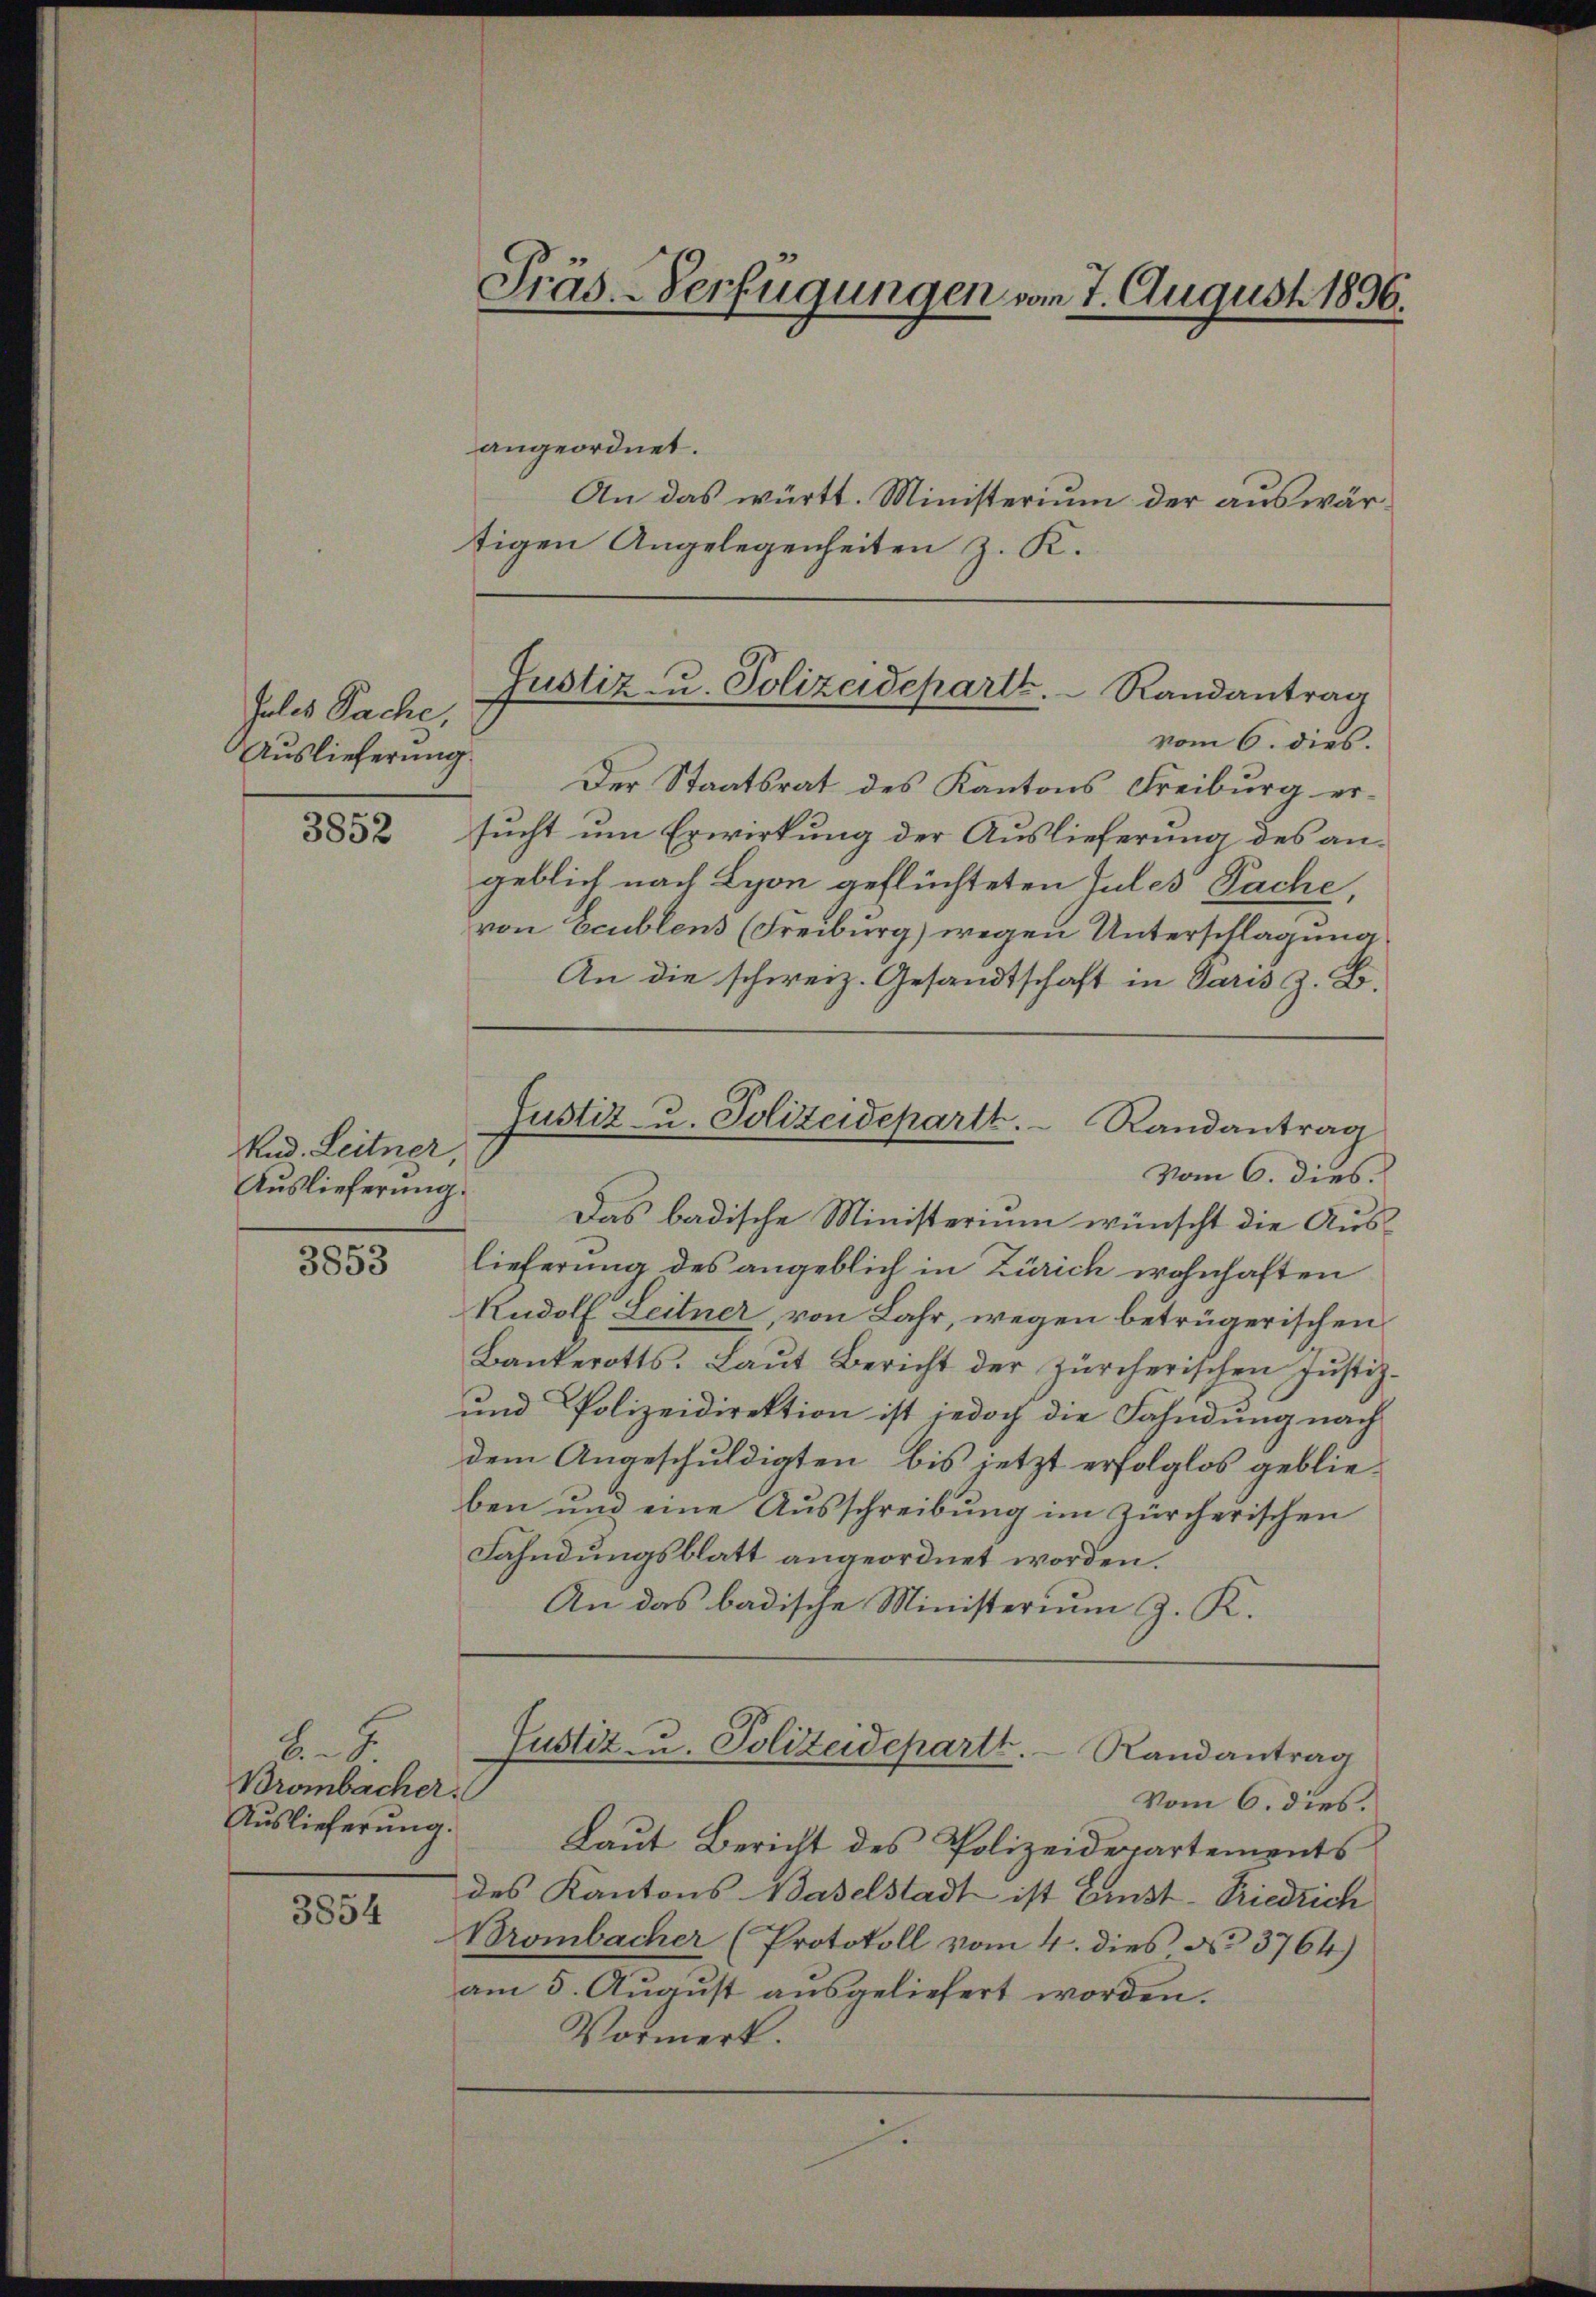
Jules Sache,
Auslieferung.
3852

Rud. Leitner
Auslieferung.

3853

S
Brombacher
Auslieferung.

3854

Präs. Verfügungen vom 7. August 1896.

angeordnet.
An das württ. Ministerium der auswärtigen Angelegenheiten z. K.

vom 6. dies
Der Staatsrat des Kantons Freiburg ersucht um Erwirkung der Auslieferung des angeblich nach Lyon geflüchteten Jules Pache,
von Ecublens (Freiburg) wegen Unterschlagung
An die schweiz. Gesandtschaft in Paris z. B.
vom 6. dies
Das badische Ministerium wünscht die Aus-
lieferung des angeblich in Zürich wohnhaften
Rudolf Leitner, von Lahr, wegen betrügerischen
Bankerotts. Laŭt Bericht der Zürcherischen Jŭstiz-
und Polizeidirektion ist jedoch die Fahndung nach
dem Angeschuldigten, bis jetzt erfolglos geblieben und eine Ausschreibung im Zürcherischen
Fahndungsblatt angeordnet worden.
An das badische Ministerium z. K.

Justiz- u. Polizeideparte. Randantrag

Justiz- u. Polizeidepartt. Randantrag

Vom 6. dies.
Laut Bericht des Polizeidepartements
des Kantons Baselstadt ist Einst-Friedrich
Brombacher (Protokoll vom 4. dies No 3764)
am 5. August ausgeliefert worden.
Vormerk.

Justiz- u. Polizeidepartt.  Randantrag